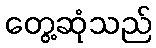
တွေ့ဆုံသည်